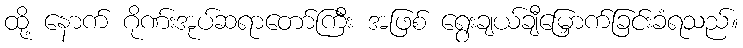
ထို့ နောက် ဂိုဏ်းအုပ်ဆရာတော်ကြီး အဖြစ် ရွေးချယ်ချီမြှောက်ခြင်းခံရသည်။